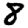
Digit: 8